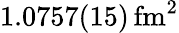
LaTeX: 1.0757(15)\, \mathrm{fm^{2}}